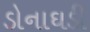
ડોનાઘડી